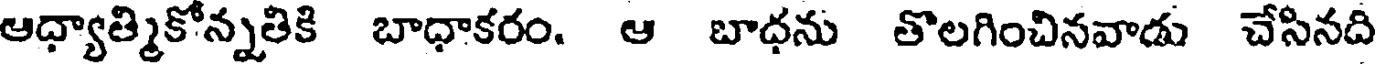
ఆధ్యాత్మికోన్నతికి బాధాకరం. ఆ బాధను తొలగించినవాడు చేసినది